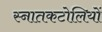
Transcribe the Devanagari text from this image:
स्नातकटोलियों